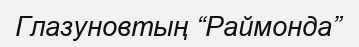
Глазуновтың “Раймонда”